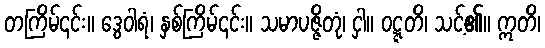
တကြိမ်၎င်း။ ဒွေဝါရံ၊ နှစ်ကြိမ်၎င်း။ သမာပဇ္ဇိတုံ၊ ငှါ။ ဝဋ္ဋတိ၊ သင့်၏။ ဣတိ၊